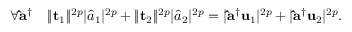
\forall \mathbf { \hat { a } } ^ { \dag } \quad \lVert \mathbf { t } _ { 1 } \rVert ^ { 2 p } \lvert \hat { a } _ { 1 } \rvert ^ { 2 p } + \lVert \mathbf { t } _ { 2 } \rVert ^ { 2 p } \lvert \hat { a } _ { 2 } \rvert ^ { 2 p } = \lvert \mathbf { \hat { a } } ^ { \dag } \mathbf { u } _ { 1 } \rvert ^ { 2 p } + \lvert \mathbf { \hat { a } } ^ { \dag } \mathbf { u } _ { 2 } \rvert ^ { 2 p } .